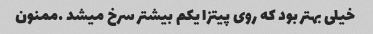
خیلی بهتر بود که روی پیتزا یکم بیشتر سرخ میشد …ممنون